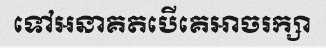
ទៅអនាគតបើគេអាចរក្សា